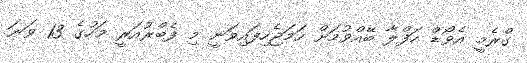
ގްރެމީ އެވޯޑް ހަފްލާ ބޭއްވުމަށް ހަމަޖެހިފައިވަނީ މި ފެބްރުއަރީ މަހުގެ 13 ވަނަ